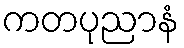
ကတပုညာနံ